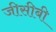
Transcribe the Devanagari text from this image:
जीसीबी